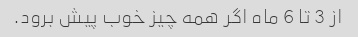
از 3 تا 6 ماه اگر همه چیز خوب پیش برود.